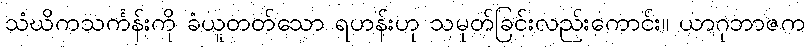
သံဃိကသင်္ကန်းကို ခံယူတတ်သော ရဟန်းဟု သမုတ်ခြင်းလည်းကောင်း။ ယာဂုဘာဇက